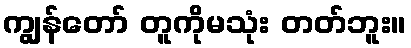
ကျွန်တော် တူကိုမသုံး တတ်ဘူး။